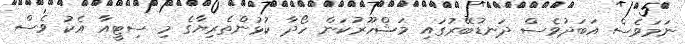
ނަމަވެސް އަބަދުވެސް ދަނޑުބޭރުގައި މަޝްހޫރުކަން ހޯދާ ކުޅުންތެރިޔާގެ މި ސިޓީއާ އެކު ވެސް